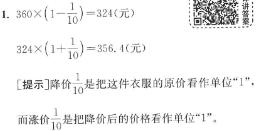
1. $360\times(1 - \frac{1}{10}) = 324$(元)
$324\times(1 + \frac{1}{10}) = 356.4$(元)

[提示]降价$\frac{1}{10}$是把这件衣服的原价看作单位“$1$”，而涨价$\frac{1}{10}$是把降价后的价格看作单位“$1$”。